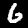
Digit: 6